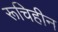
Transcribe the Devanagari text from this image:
रूचिहीन